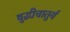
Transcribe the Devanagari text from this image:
बुद्धीचातुर्य